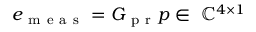
e _ { \mathrm { ~ m ~ e ~ a ~ s ~ } } = G _ { \mathrm { ~ p ~ r ~ } } p \in \ \mathbb { C } ^ { 4 \times 1 }